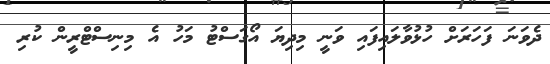
ދެވަނަ ފަހަރަށް ހުޅުވާލައިފައި ވަނީ މިދިޔަ އޯގަސްޓު މަހު އެ މިނިސްޓްރީން ކުރި